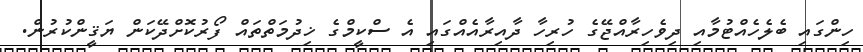
ހިންގައި ބެލެހެއްޓުމާއި ދިވެހިރާއްޖޭގެ ހުރިހާ ދާއިރާއެއްގައި އެ ސްކީމްގެ ޚިދުމަތްތައް ފޯރުކޮށްދޭކަން ޔަޤީންކުރުން.